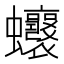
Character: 𧖗